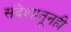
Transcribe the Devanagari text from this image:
संदेशातूनही